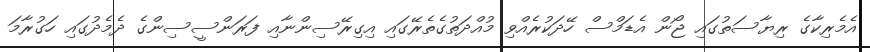
އެމެރިކާގެ ރިޔާސަތުގައި ޖޯން އެޑަމްސް ހޭދަކުރެއްވި މުއްދަތުގެތެރޭގައި އިގިރޭސިންނާއި ފަރަންސީސިންގެ ދެމެދުގައި ހަގުރާމަ